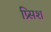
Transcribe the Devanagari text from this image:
प्र्सिश